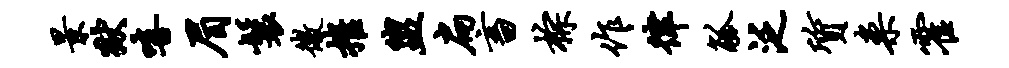
景狱嘻眉鬟微摧盥扁畜棕作律觚泛质案霍